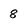
Character: 8